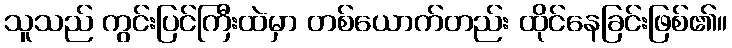
သူသည် ကွင်းပြင်ကြီးထဲမှာ တစ်ယောက်တည်း ထိုင်နေခြင်းဖြစ်၏။